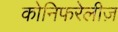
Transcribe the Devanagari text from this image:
कोनिफरेलीज़